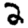
Digit: 2